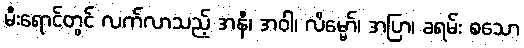
မီးရောင်တွင် လက်လာသည့် အနီ၊ အဝါ၊ လိမ္မော်၊ အပြာ၊ ခရမ်း စသော